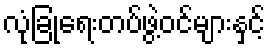
လုံခြုံရေးတပ်ဖွဲ့ဝင်များနှင့်